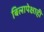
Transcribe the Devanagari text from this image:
बिलापेक्षाही